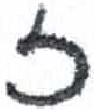
אות: ז